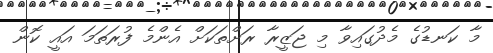
މާ ކަނޑުގެ މެދުގައިވާ މި ޖަޒީރާ ރަށްތަކަށް އެންމެ ފުރަތަމަ އައީ ކޮން